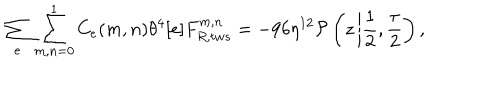
\sum _ { e } \sum _ { m , n = 0 } ^ { 1 } C _ { e } ( m , n ) \theta ^ { 4 } [ e ] F _ { R , t w s } ^ { m , n } = - 9 6 \eta ^ { 1 2 } { \cal P } \left( z \left| \frac { 1 } { 2 } , \frac { \tau } { 2 } \right. \right) ,